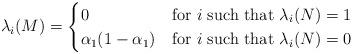
LaTeX: \begin{align*}\lambda_{i}(M)=\begin{cases}0 & {\hbox{for $i$ such that }} \lambda_{i}(N)=1\\\alpha_1(1-\alpha_1)& {\hbox{for $i$ such that }} \lambda_{i}(N)=0\\\end{cases}\end{align*}